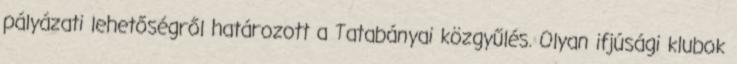
pályázati lehetőségről határozott a Tatabányai közgyűlés. Olyan ifjúsági klubok